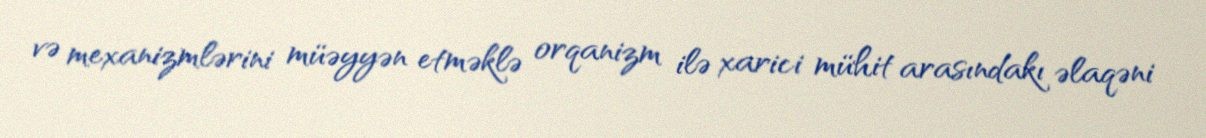
və mexanizmlərini müəyyən etməklə orqanizm ilə xarici mühit arasındakı əlaqəni